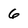
Character: 6